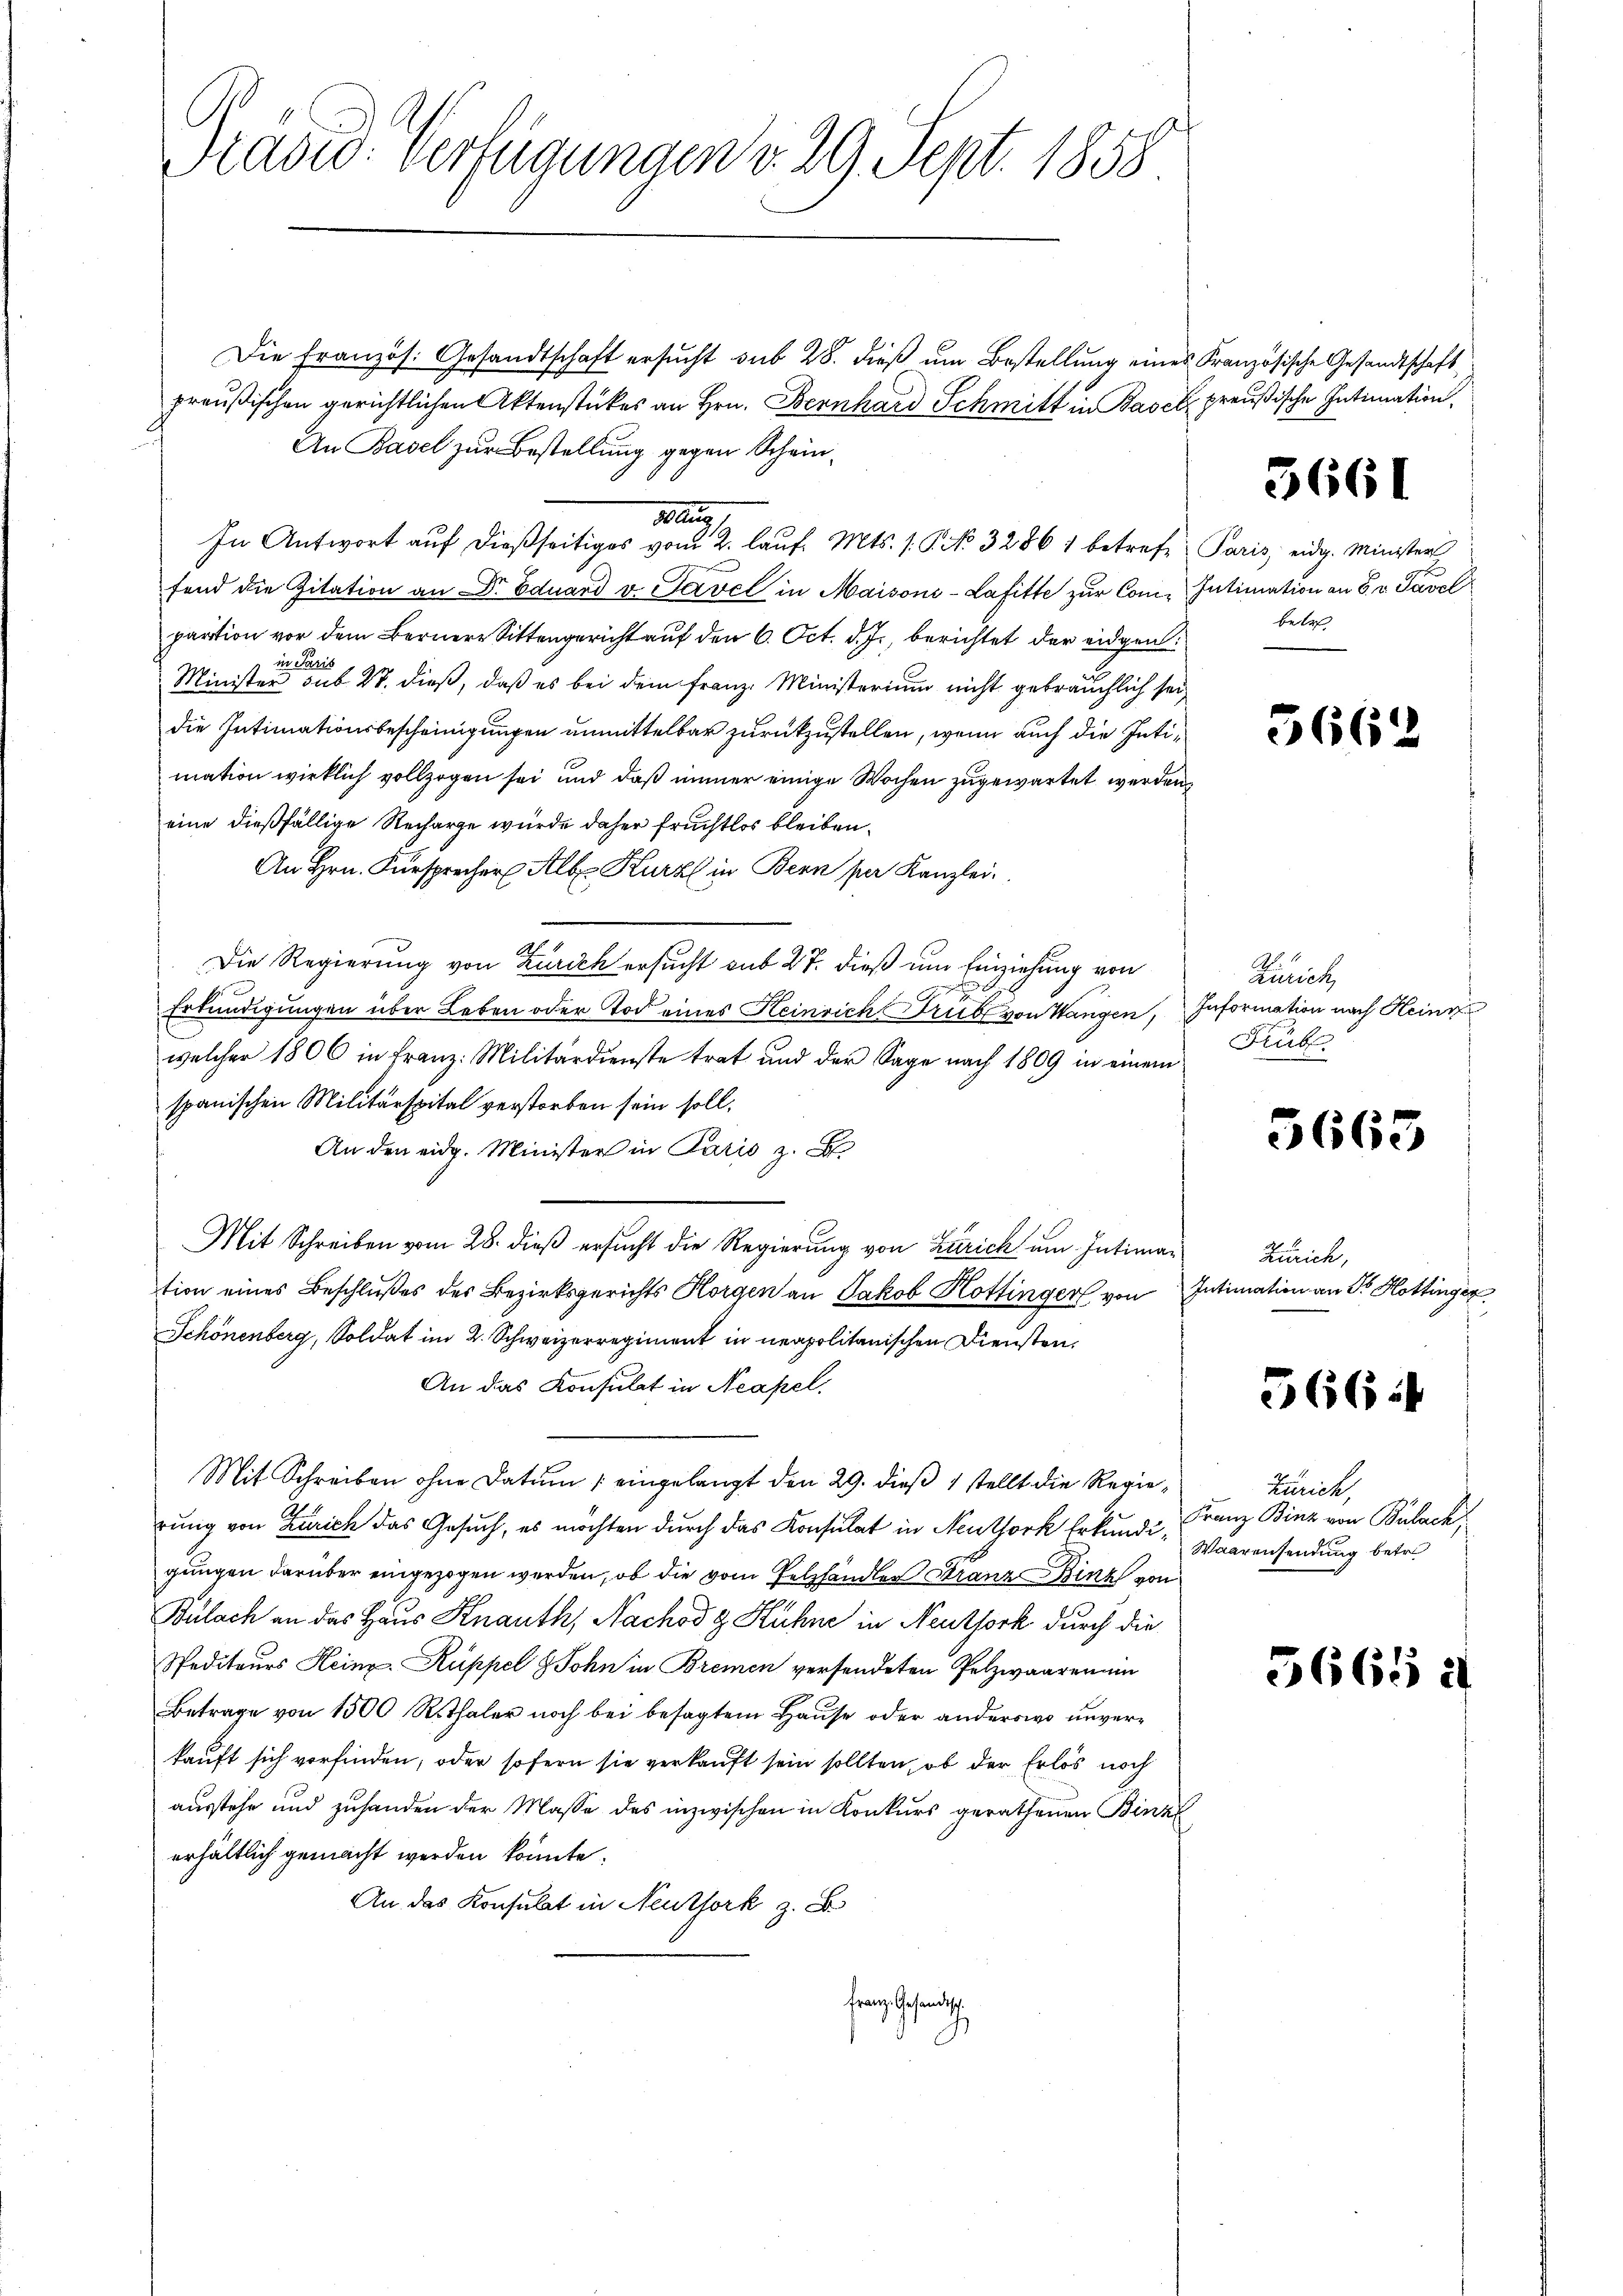
Radio: Verfügungen d. 29. Sept. 1858

Die Französ. Gesandtschaft ersucht sub 28. dieß um Bestellung eines Französische Gesandtschaft
preußischen gerichtlichen Aktenstückes an Hrn. Bernhard Schmitt in Basel preußische Intimation.
An Basel zur Bestellung gegen Scheina
In Antwort auf dießseitiges vom 2. lauf. Mts. 1. P. No 32861 betreffend die Zitation an Dr. Eduard v. Tavel in Maisoni-Lafitte zur Compartion vor dem Bernere Sittengericht auf den 6. Oct. d. J., berichtet der eidgen:
Minister eine sub 27. dieß, daß es bei dem Franz Ministerium nicht gebräuchlich sei
die Intimationsbescheinigungen unmittelbar zurückzustellen, wenn auch die Intimation wirklich vollzogen sei und daß immer einige Wochen zugewartet werden
eine dießfällige Recharge wurde daher fruchtlos bleiben.
An Hrn. Fürsprecher Alb. Kurz in Bern per Kanzlei
Die Regierung von Zürich ersucht sub 27. dieß um Einziehung von
A
Erkundigungen über Leben oder Tod eines Heinrich Trüb von Wangen, Information nach Heinz
welcher 1806 in Franz: Militärdienste trat und der Sage nach 1809 in einem
spanischen Militärspital verstorben sein soll.
An den eidg. Minister in Paris z. B
Mit Schreiben vom 28. dieß ersucht die Regierung von Zürich um Intimation eines Beschlußes des Bezirksgerichts Horgen an Jakob Hottinger von Intimation an Sr Hottinger
Schönenberg, Soldat im 2. Schweizerregiment in neapolitanischen Diensten,
An das Konsulat in Neapel.
Mit Schreiben ohne Datum eingelangt den 29. dieß 1 stellt die Regierung von Zürich das Gesuch, es möchten durch das Konsulat in Neuthork Erkundigungen darüber eingezogen werden, ob die vom Pelzhandler Stranz Binz von
Bülach an das Haus Knauth, Nachody Hühne in Neuthork durch die
Spediteurs Heinr. Ruppel & Sohn in Bremen versendeten Pelzwaaren in
Betrage von 1500 Rtthaler noch bei besagtem Hause oder anderswo unverkauft sich vorfinden, oder sofern sie verkauft sein sollten, ob der Erlös noch
ausstehe und zuhanden der Masse des inzwischen in Konkurs gerathenen Binz
erhältlich gemacht werden könnte.
An das Konsulat in Neuthork z. B
Franz. Gesandtsch.

3661

Paris, eidg. Minister
Intimation an 8 v. Tavel
betr

5662

Kunit
Prübl

5663

Zürich,

566

Lanck,
Franz Binz von Bülach,
Waarensendung betr

5665 d